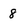
Character: 8